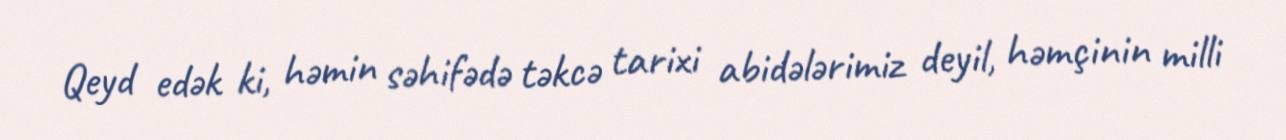
Qeyd edək ki, həmin səhifədə təkcə tarixi abidələrimiz deyil, həmçinin milli